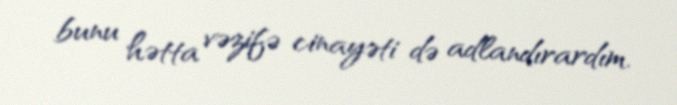
bunu hətta vəzifə cinayəti də adlandırardım.